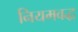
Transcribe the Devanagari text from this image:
नियमवद्ध